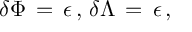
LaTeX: \delta \Phi \, = \, \epsilon \, , \, \delta \Lambda \, = \, \epsilon \, ,